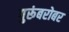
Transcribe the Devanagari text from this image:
गुरूंबरोबर